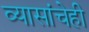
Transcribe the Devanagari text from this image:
व्यासांचेही